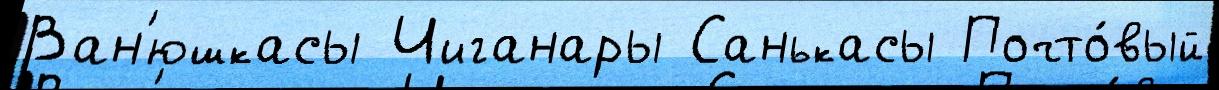
Ван'юшкасы Чиганары Санькасы Почто́вый